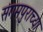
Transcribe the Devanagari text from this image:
संगमपुराच्या